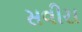
સવીરા